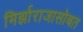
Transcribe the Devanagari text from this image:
मिर्झाराजासोबत